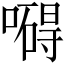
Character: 𠿴